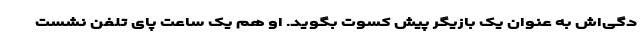
دگی‌اش به عنوان یک بازیگر پیش کسوت بگوید. او هم یک ساعت پای تلفن نشست